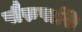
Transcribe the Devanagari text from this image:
पौरुषासि